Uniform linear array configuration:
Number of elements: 64
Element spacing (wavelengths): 1
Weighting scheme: hamming
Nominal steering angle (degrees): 15
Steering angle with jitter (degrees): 14.352
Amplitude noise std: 0.05
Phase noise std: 0.05

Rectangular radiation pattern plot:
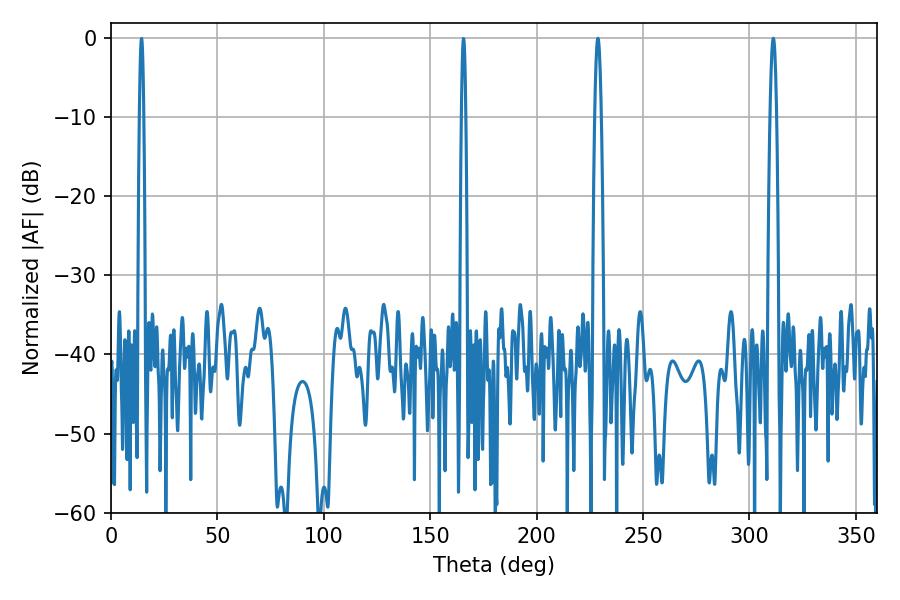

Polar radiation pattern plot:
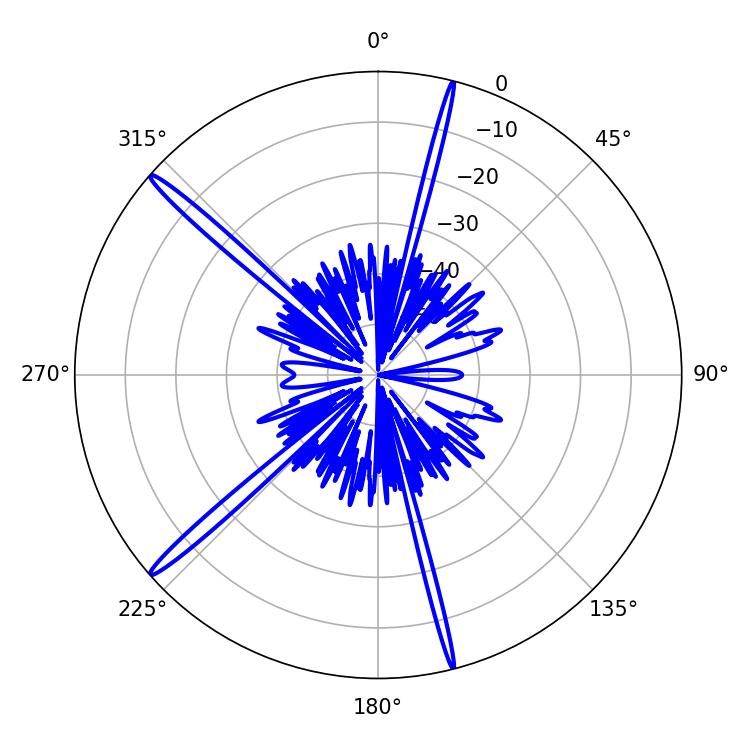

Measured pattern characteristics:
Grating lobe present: TRUE
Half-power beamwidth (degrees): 1.62
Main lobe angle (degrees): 228.78